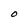
Character: O